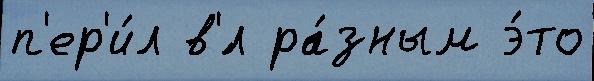
п'ер'и́л в'́л ра́зным э́то